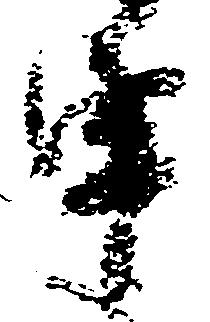
申